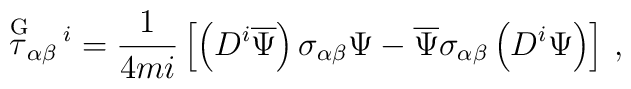
\stackrel{{\rm G}}{\tau}_{\alpha\beta}{}^{\!i} = \frac{1}{4mi}  \left[ \left(D^i\overline{\Psi}\right) \sigma_{\alpha\beta} \Psi -    \overline{\Psi} \sigma_{\alpha\beta} \left( D^i \Psi \right)  \right] \,,